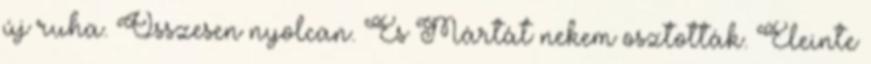
új ruha. Összesen nyolcan. És Mártát nekem osztották. Eleinte